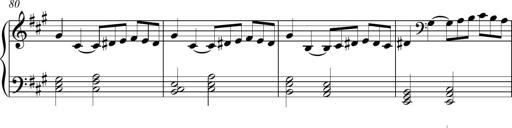
Title: Piano Sonatina in A major
Composer: Z Q Sysmoebius
Key: A major